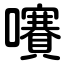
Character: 㘔